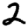
Digit: 2